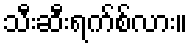
သီးဆီးရက်စ်လား။